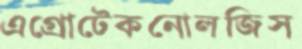
এগ্রোটেকনোলজিস